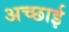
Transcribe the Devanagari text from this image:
अच्‍छाई